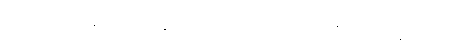
တဿ ဘိက္ခုနော အတ္တမနော ဟောမိ အရညဝိဟာရေနာ”တိ (အ။ နိ။ ၆။၄၂၊